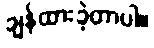
ချန်ထားခဲ့တာပါ။